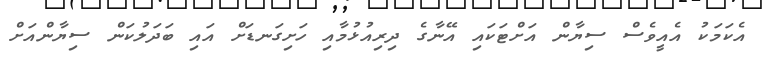
އެކަމަކު އެއީވެސް ސިޔާން އަށްޓަކައި އޭނާގެ ދިރިއުޅުމާއި ހަށިގަނޑަށް އައި ބަދަލުކަން ސިޔާންއަށް